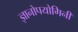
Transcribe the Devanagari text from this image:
ज्ञानोपयोगिनी